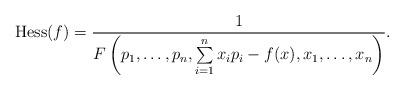
LaTeX: \begin{gather*}\mathrm{Hess}(f) =\frac{1}{F\left(p_1, \dots, p_n,\sum\limits_{i=1}^n x_i p_i - f(x), x_1, \dots, x_n\right)}.\end{gather*}